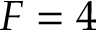
F = 4